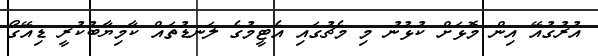
އުރުގުއޭ އިން މޮޅަށް ކުޅުނު މި މެޗުގައި އެޓީމުގެ ލަނޑުތައް ކާމިޔާބުކުރީ ޑިއޭގޯ